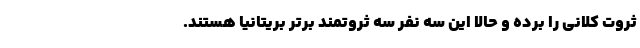
ثروت کلانی را برده و حالا این سه نفر سه ثروتمند برتر بریتانیا هستند.